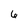
Character: 6